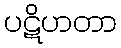
ပဋိဟတာ